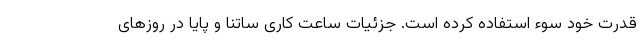
قدرت خود سوء استفاده کرده است. جزئیات ساعت کاری ساتنا و پایا در روزهای